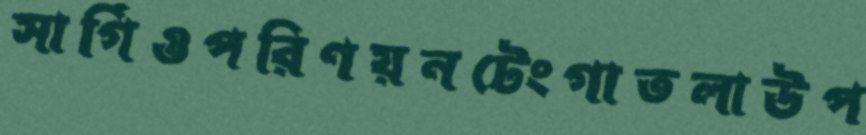
সার্গিওপরিণয়নটেংগাতলাউপ